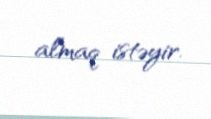
almaq istəyir.